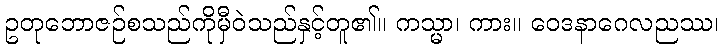
ဥတုဘောဇဉ်စသည်ကိုမှီဝဲသည်နှင့်တူ၏။ ကသ္မာ၊ ကား။ ဝေဒနာဂေလညဿ၊